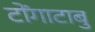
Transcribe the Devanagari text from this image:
टोंगाटाबु